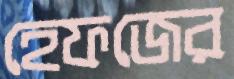
হেফজের